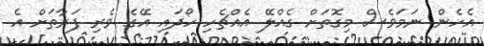
އެހެން ނަމަވެސް މިގޮތަށް ގެއްލޭ އެއްޗެހި ހޯދައި އޭގެ ވެެރި ފަރާތަށް އެ